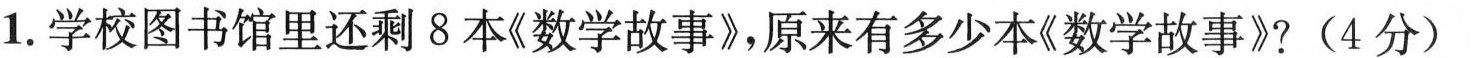
1.学校图书馆里还剩8本《数学故事》，原来有多少本《数学故事》?(4分)